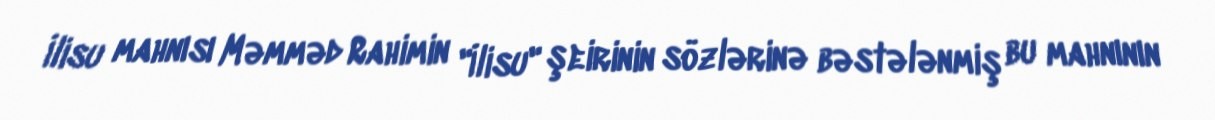
İlisu mahnısı Məmməd Rahimin "İlisu" şeirinin sözlərinə bəstələnmiş bu mahnının